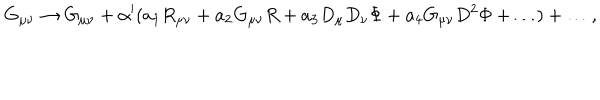
G _ { \mu \nu } \rightarrow G _ { \mu \nu } + \alpha ^ { \prime } ( a _ { 1 } R _ { \mu \nu } + a _ { 2 } G _ { \mu \nu } R + a _ { 3 } D _ { \mu } D _ { \nu } \Phi + a _ { 4 } G _ { \mu \nu } D ^ { 2 } \Phi + \ldots ) + \ldots , \,